Calcutta medical institutions reports 1879-81 [i.e.91]
Year: 1879
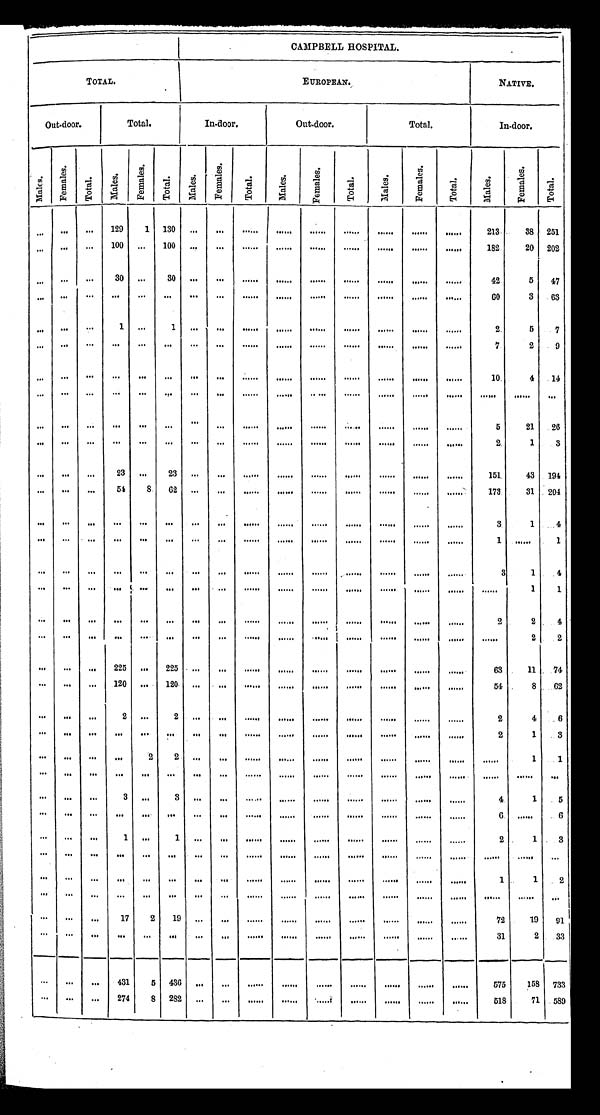
CAMPBELL HOSPITAL.
.
TOTAL.
EUROPEAN.
NATIVE.
Out-door.
T o t a l .
In-door.
Out-door.
T o t a l .
In-door.
M a l e s .
F e ma l e s .
To t a l .
M a l e s .
F e ma l e s .
T o t a l .
Males. F e m a l e s .
T o t a l .
M a l e s .
F e m a l e s .
T o t a l .
M a l e s .
F e m a l e s .
T o t a l .
Ma l e s .
F e m a l e s .
T o t a l .
......
...
129
1 130
...
...
... ...
...
... ...
...
...
213
38 2 5 1
......
...
100 ...
100 ...
...
... ...
...
... ...
...
...
182
20 2 0 2
. . . ...
...
30 ...
30 ...
...
... ...
...
... ...
...
...
42
5
4 7
......
...
...
...
...
...
...
... ...
...
... ...
. . .
. . .
60
3
6 3
......
...
1
...
1...
...
... ...
...
... ...
...
...
2
5
7
......
...
...
...
...
...
...
... ...
...
... ...
...
...
7
2 9
. . .
...
...
...
...
...
...
...
... ...
...
... ...
...
...
10
4
1 4
......
...
...
...
...
...
...
... ...
...
... ...
...
... ...
...
. . .
......
...
...
...
...
...
...
... ...
...
. . ....
...
...
5
21
26
......
...
...
...
...
...
...
... ...
...
... ...
...
...
2
1
3
......
...
23
...
23
...
...
. . . ...
...
... ...
...
...
151
43 194
......
...
54
8
62
...
...
... ...
...
... ...
...
...
173
31 204
......
...
...
...
...
...
...
... ...
...
... ...
...
... 3
1
4
......
...
...
...
...
...
...
... ...
...
... ...
...
...
1
...
1
......
...
...
...
...
...
...
... ...
...
... ...
...
... 3
1
4
......
...
...
...
...
...
...
... ...
...
... ...
...
... ...
1
1
......
...
...
...
...
...
...
... ...
...
... ...
...
... 2
2
4
......
...
...
...
...
...
...
... ...
. . .
... ...
...
... ...
2
2
. . .
...
...
225
...
225 ...
...
... ...
...
... ...
...
...
63 11
74
. . .
...
...
120
...
120
...
...
... ...
...
... ...
...
... 54
8
62
. . .
...
...
2
...
2
...
...
... ...
...
... ...
...
... 2
4
6
. . .
...
...
...
...
...
...
...
...
...
...
... ...
...
... 2
1
3
. . .
...
...
...2
2
...
...
... ...
...
... ...
...
... ...
1
1
. . .
...
...
...
... ...
...
...
... ...
...
... ...
...
... ...
...
. . .
...
...
...
3
...
3
...
...
... ...
...
... ...
...
... 4
1
5
...
...
...
...
...
...
...
...
... ...
...
... ...
...
... 6
...
6
...
...
...
1
...
1
...
...
... ...
...
... ...
...
... 2
1
3
...
...
...
...
...
...
...
...
... ...
...
... ...
...
...
... ...
...
...
...
...
...
...
...
...
...
... ...
...
... ...
...
... 1
1
2
...
...
...
...
...
...
...
...
... ...
...
... ...
...
... ...
...
...
...
...
...
17
2
1 9 ...
...
...
...
...
... ...
...
... 72
19
91
...
. . .
. . .
. . .
...
...
...
...
...
...
......
. . .
...
. . .
31
2
33
...
. . .
...
431
5
4 3 6 ...
...
...
...
......
...
...
...
575
158
733
...
. . .
...
274
8
2 8 2 ...
...
...
...
. . .
...
...
...
...
518
71
589